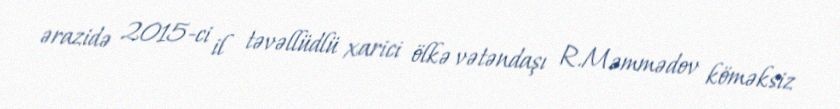
ərazidə 2015-ci il təvəllüdlü xarici ölkə vətəndaşı R.Məmmədov köməksiz